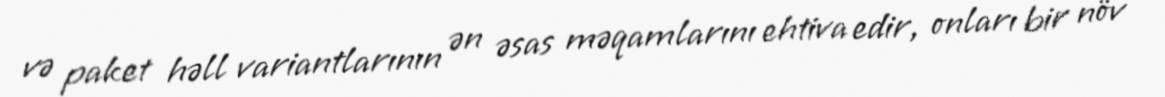
və paket həll variantlarının ən əsas məqamlarını ehtiva edir, onları bir növ